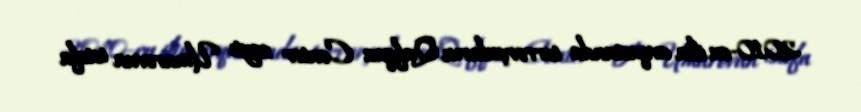
2010-cu ilin avqustunda terrorçuların Qafqaz Center saytı Umarovun istefa